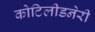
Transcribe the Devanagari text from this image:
कोटिलीडनेरी